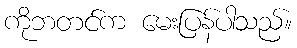
ကိုဘတင်က မေးပြန်ပါသည်။